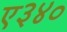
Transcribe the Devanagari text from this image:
ए३४०